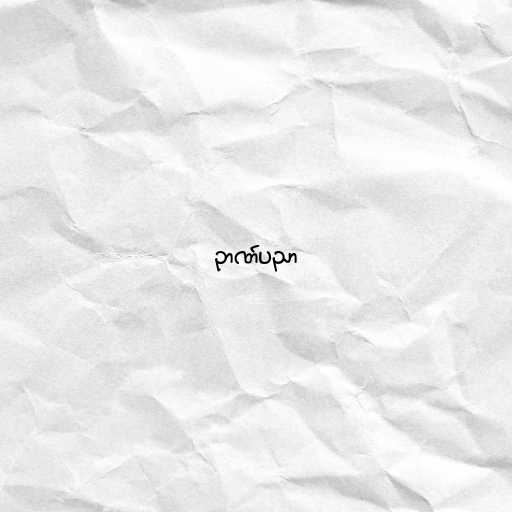
ဉာဏ်ပညာ